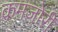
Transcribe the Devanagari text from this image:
कमजो़री